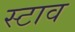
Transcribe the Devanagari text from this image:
स्टाव